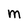
Character: M